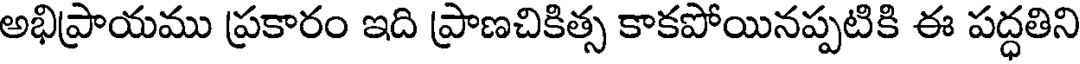
అభిప్రాయము ప్రకారం ఇది ప్రాణచికిత్స కాకపోయినప్పటికి ఈ పద్ధతిని